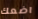
اضعك